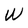
Character: W